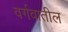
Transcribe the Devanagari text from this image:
वर्गवातील